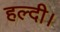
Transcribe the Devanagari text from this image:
हल्दी।